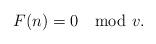
LaTeX: \begin{align*}F(n) = 0 \mod v.\end{align*}